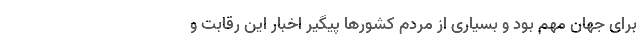
برای جهان مهم بود و بسیاری از مردم کشورها پیگیر اخبار این رقابت و